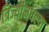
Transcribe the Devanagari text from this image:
त्रिज्यीमधल्या